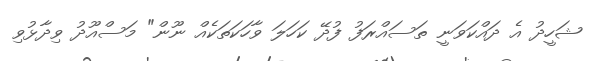
ޝަހީދު އެ ދައްކަވަނީ ތަސައްރަފު ފުދޭ ކަހަލަ ވާހަކަތަކެއް ނޫން" މަސްއޫދު ވިދާޅުވި